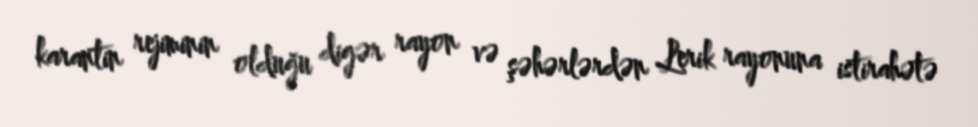
karantin rejiminin olduğu digər rayon və şəhərlərdən Lerik rayonuna istirahətə